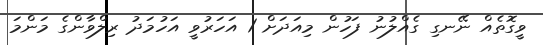
ވީގޮތެއް ނޭނގި ގެއްލުނު ފަހުން މިއަދަށް 1 އަހަރުވީ އަހުމަދު ރިލްވާންގެ މަންމަ